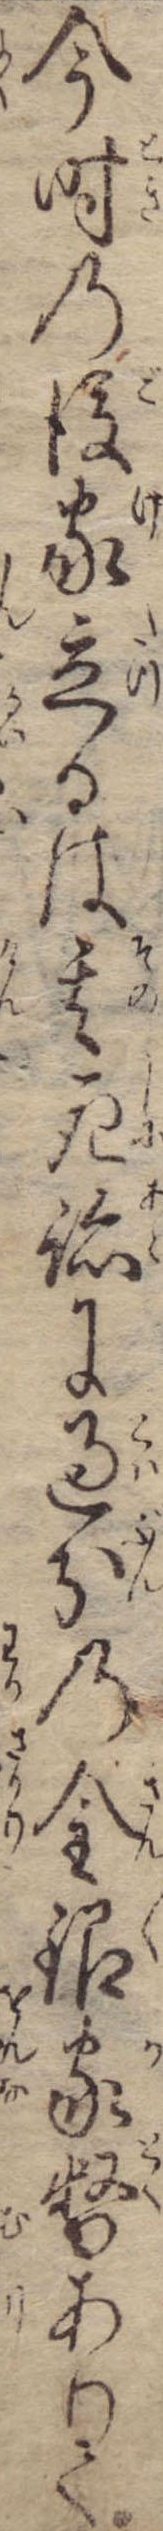
今時の後家立るは其死跡に過分の金銀家督ありて